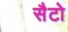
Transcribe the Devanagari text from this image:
सैटो